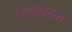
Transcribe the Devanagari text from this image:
कालखडांत